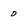
Character: 0